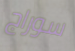
سوراج